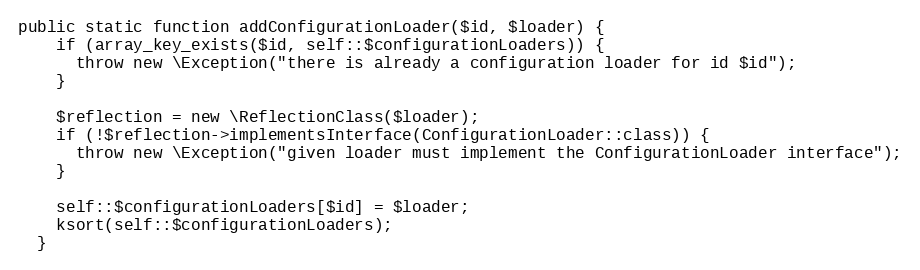
Language: PHP
public static function addConfigurationLoader($id, $loader) {
    if (array_key_exists($id, self::$configurationLoaders)) {
      throw new \Exception("there is already a configuration loader for id $id");
    }

    $reflection = new \ReflectionClass($loader);
    if (!$reflection->implementsInterface(ConfigurationLoader::class)) {
      throw new \Exception("given loader must implement the ConfigurationLoader interface");
    }

    self::$configurationLoaders[$id] = $loader;
    ksort(self::$configurationLoaders);
  }